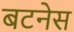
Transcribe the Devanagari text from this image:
बटनेस